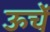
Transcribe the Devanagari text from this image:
ऊचें